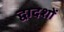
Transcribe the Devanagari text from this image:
द्वादशों